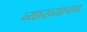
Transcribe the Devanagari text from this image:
व्याख्यापण